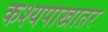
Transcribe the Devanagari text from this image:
कश्यपाखातर